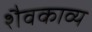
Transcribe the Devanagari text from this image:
शैवकाव्य